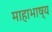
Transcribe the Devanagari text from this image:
माहाभाष्य